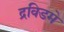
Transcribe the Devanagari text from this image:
द्रविडमे